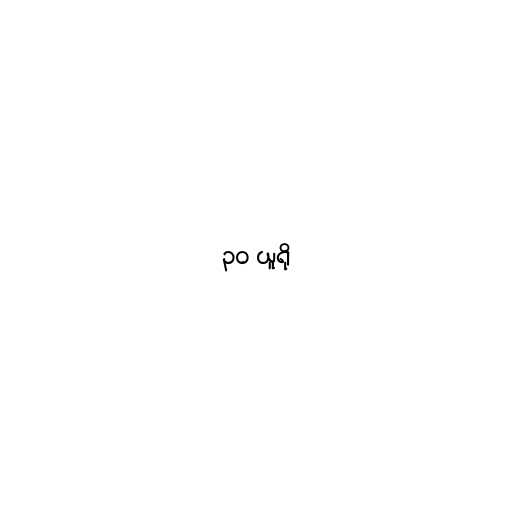
၃၀ ယူရို